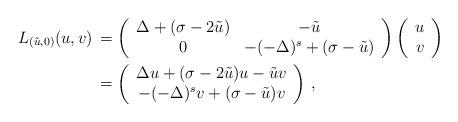
LaTeX: \begin{align*}L_{(\tilde u,0)}(u,v)\,&=\left(\begin{array}{cc}\Delta +(\sigma-2\tilde u) & -\tilde u \\0 & -(-\Delta)^s +(\sigma-\tilde u) \end{array}\right)\left(\begin{array}{c}u \\v\end{array}\right)\\&=\left(\begin{array}{c}\Delta u+(\sigma-2\tilde u)u -\tilde u v\\ -(-\Delta)^s v +(\sigma-\tilde u)v\end{array}\right)\,,\end{align*}